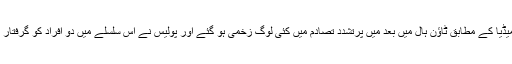
مقامی میڈیا کے مطابق ٹاؤن ہال میں بعد میں پرتشدد تصادم میں کئی لوگ زخمی ہو گئے اور پولیس نے اس سلسلے میں دو افراد کو گرفتار کیا ہے۔